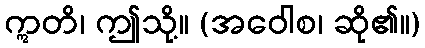
ဣတိ၊ ဤသို့။ (အဝေါစ၊ ဆို၏။)